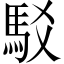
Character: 駁